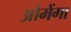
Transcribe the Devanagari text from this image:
ओमेंगा